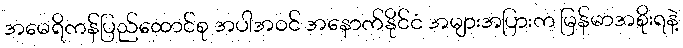
အမေရိကန်ပြည်ထောင်စု အပါအဝင် အနောက်နိုင်ငံ အများအပြားက မြန်မာအစိုးရနဲ့